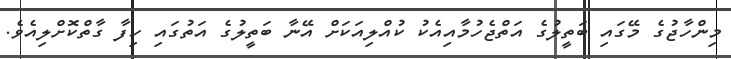
މިންހާޖުގެ މޭގައި ބަތީލުގެ އަތްޖެހުމާއިއެކު ކުއްލިއަކަށް އޭނާ ބަތީލުގެ އަތުގައި ހިފާ ގާތްކޮށްލިއެވެ.